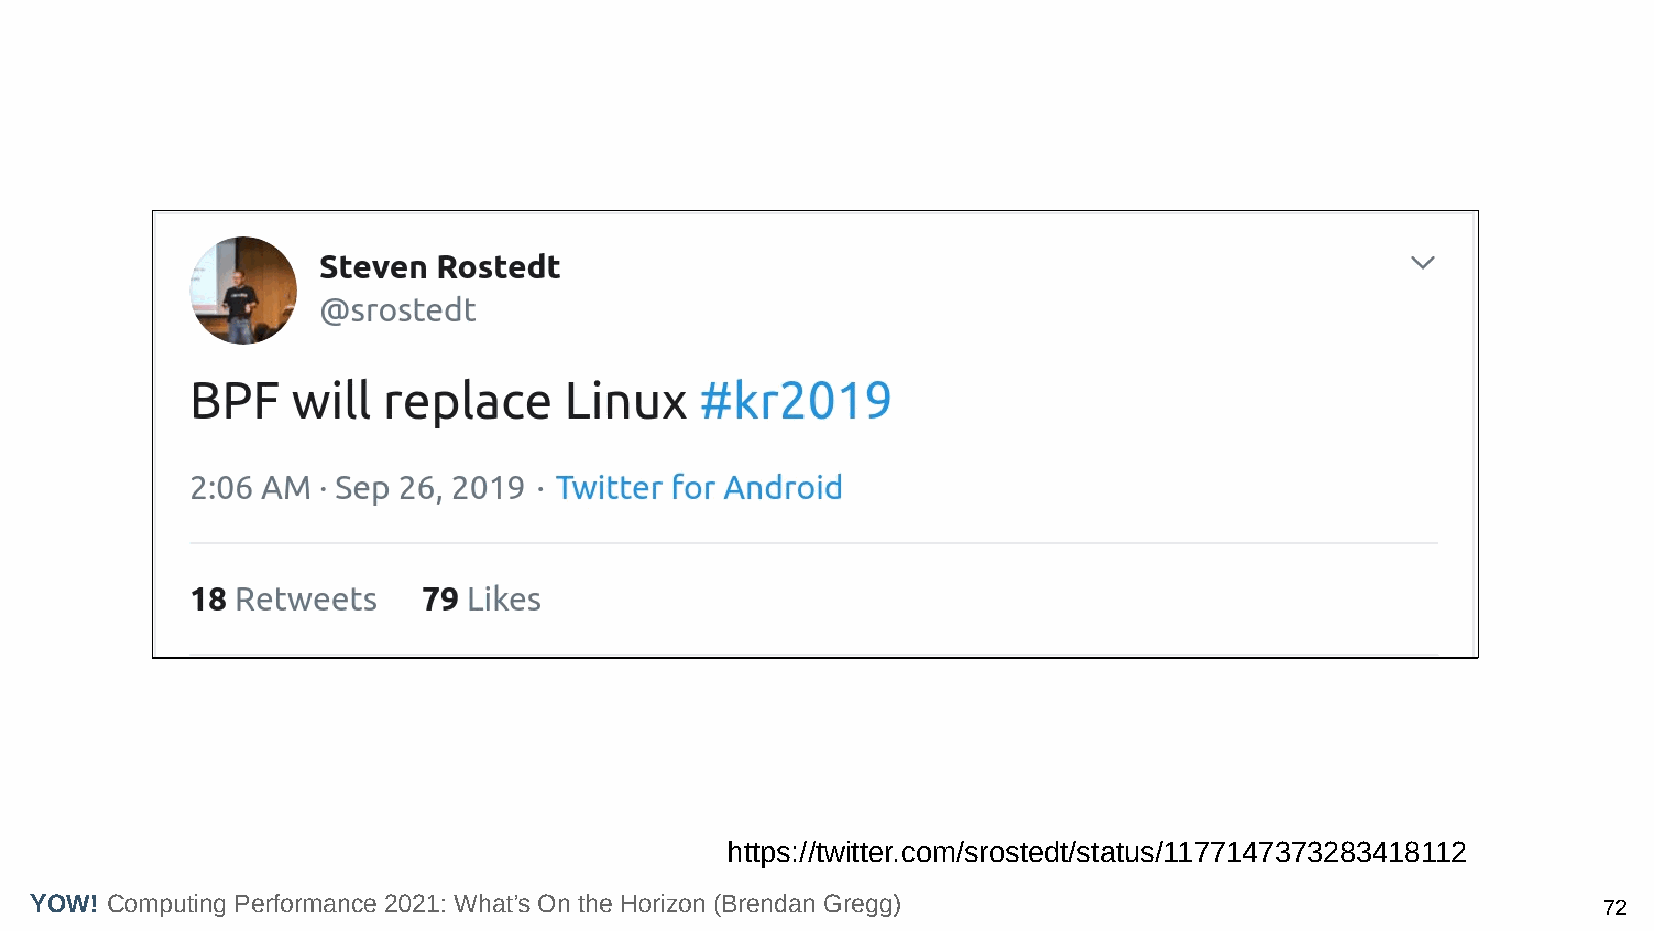
https://twitter.com/srostedt/status/1177147373283418112
 YOW! Computing Performance 2021: What’s On the Horizon (Brendan Gregg)                                  72